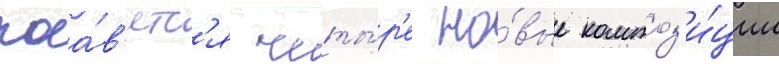
поа́в'ятс'я четы́р'е но́вые композ'и́ции